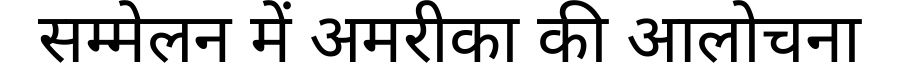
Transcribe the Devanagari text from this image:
सम्मेलन में अमरीका की आलोचना